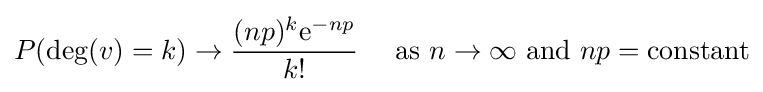
P(\deg(v)=k)\to {\frac {(np)^{k}\mathrm {e} ^{-np}}{k!}}\quad {\text{ as }}n\to \infty {\text{ and }}np={\text{constant}}